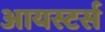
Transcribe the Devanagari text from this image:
आयस्टर्स